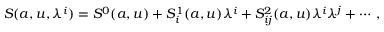
S ( a , u , \lambda ^ { i } ) = S ^ { 0 } ( a , u ) + S _ { i } ^ { 1 } ( a , u ) \lambda ^ { i } + S _ { i j } ^ { 2 } ( a , u ) \lambda ^ { i } \lambda ^ { j } + \cdots \, ,